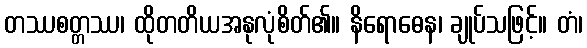
တဿစတ္တဿ၊ ထိုတတိယအနုလုံစိတ်၏။ နိရောဓေန၊ ချုပ်သဖြင့်။ တံ၊